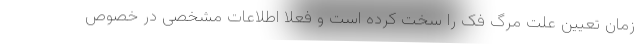
زمان تعیین علت مرگ فک را سخت کرده است و فعلا اطلاعات مشخصی در خصوص